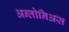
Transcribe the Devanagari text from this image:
अन्तोनिअस